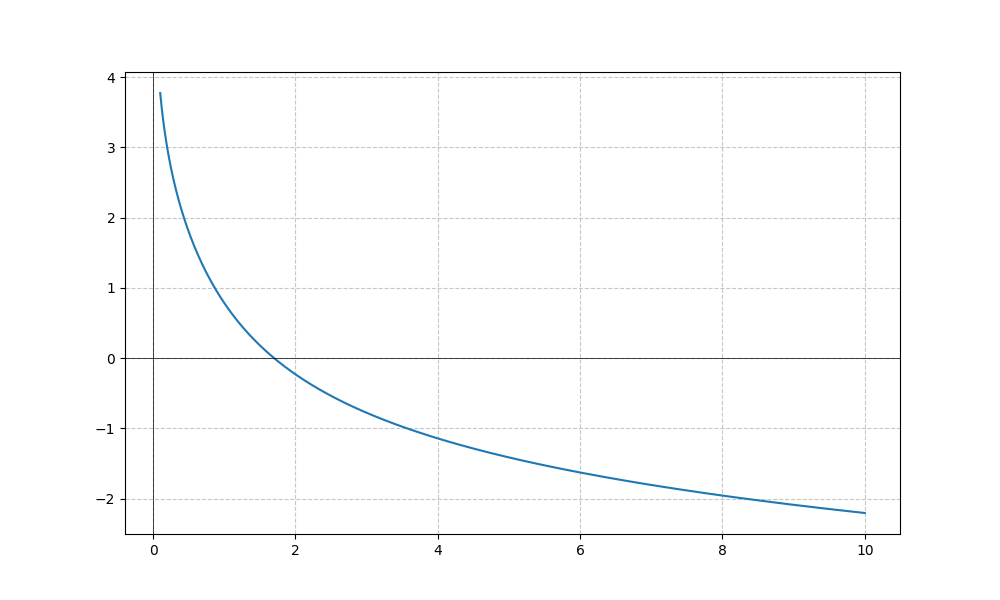
LaTeX formula: - \log{\left(x \right)} + \operatorname{acot}{\left(x \right)}